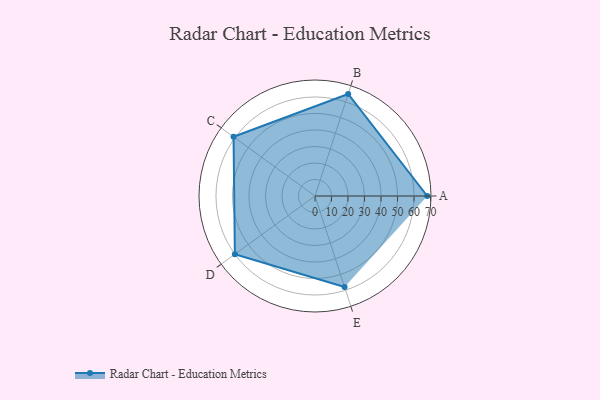
{"axis": {"x": "Skill", "y": "Score"}, "legend": ["Profile"], "data": [{"x": "A", "y": 68.0, "type": "Profile"}, {"x": "B", "y": 65.0, "type": "Profile"}, {"x": "C", "y": 61.0, "type": "Profile"}, {"x": "D", "y": 60.0, "type": "Profile"}, {"x": "E", "y": 58.0, "type": "Profile"}]}